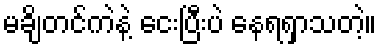
မချိတင်ကဲနဲ့ ငေးပြီးပဲ နေရရှာသတဲ့။